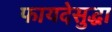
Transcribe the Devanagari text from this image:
फायदेसुद्धा